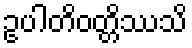
ဥပါတိဝတ္တိဿသိ